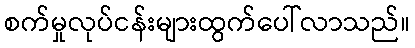
စက်မှုလုပ်ငန်းများထွက်ပေါ်လာသည်။